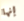
إنها